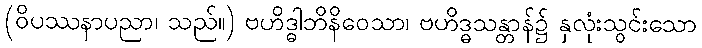
(ဝိပဿနာပညာ၊ သည်။) ဗဟိဒ္ဓါဘိနိဝေသာ၊ ဗဟိဒ္ဓသန္တာန်၌ နှလုံးသွင်းသော